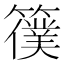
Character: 𥵜